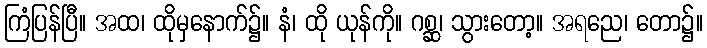
ကြံပြန်ပြီ။ အထ၊ ထိုမှနောက်၌။ နံ၊ ထို ယုန်ကို။ ဂစ္ဆ၊ သွားတော့။ အရညေ၊ တော၌။